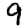
Digit: 9